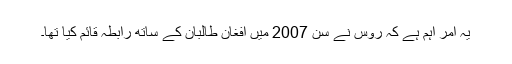
یہ امر اہم ہے کہ روس نے سن 2007 میں افغان طالبان کے ساتھ رابطہ قائم کیا تھا۔